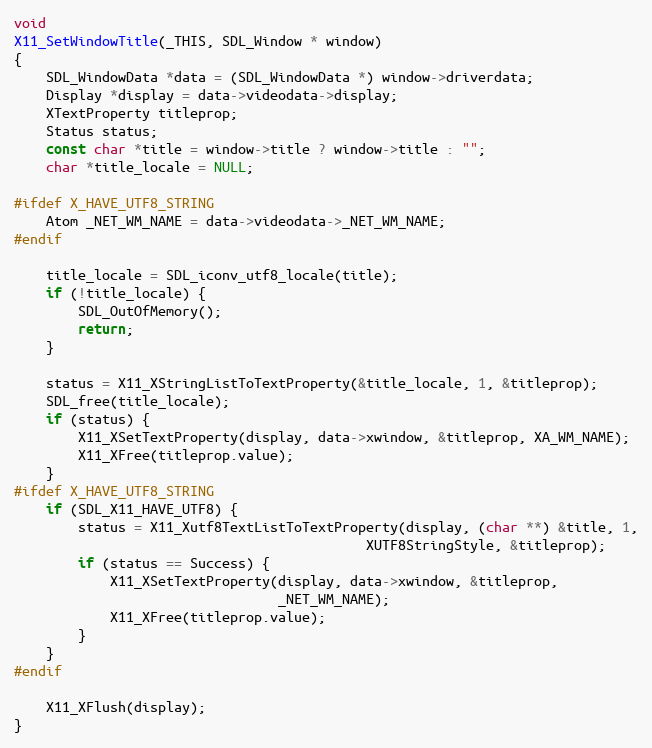
Language: C
void
X11_SetWindowTitle(_THIS, SDL_Window * window)
{
    SDL_WindowData *data = (SDL_WindowData *) window->driverdata;
    Display *display = data->videodata->display;
    XTextProperty titleprop;
    Status status;
    const char *title = window->title ? window->title : "";
    char *title_locale = NULL;

#ifdef X_HAVE_UTF8_STRING
    Atom _NET_WM_NAME = data->videodata->_NET_WM_NAME;
#endif

    title_locale = SDL_iconv_utf8_locale(title);
    if (!title_locale) {
        SDL_OutOfMemory();
        return;
    }

    status = X11_XStringListToTextProperty(&title_locale, 1, &titleprop);
    SDL_free(title_locale);
    if (status) {
        X11_XSetTextProperty(display, data->xwindow, &titleprop, XA_WM_NAME);
        X11_XFree(titleprop.value);
    }
#ifdef X_HAVE_UTF8_STRING
    if (SDL_X11_HAVE_UTF8) {
        status = X11_Xutf8TextListToTextProperty(display, (char **) &title, 1,
                                            XUTF8StringStyle, &titleprop);
        if (status == Success) {
            X11_XSetTextProperty(display, data->xwindow, &titleprop,
                                 _NET_WM_NAME);
            X11_XFree(titleprop.value);
        }
    }
#endif

    X11_XFlush(display);
}